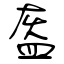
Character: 盔